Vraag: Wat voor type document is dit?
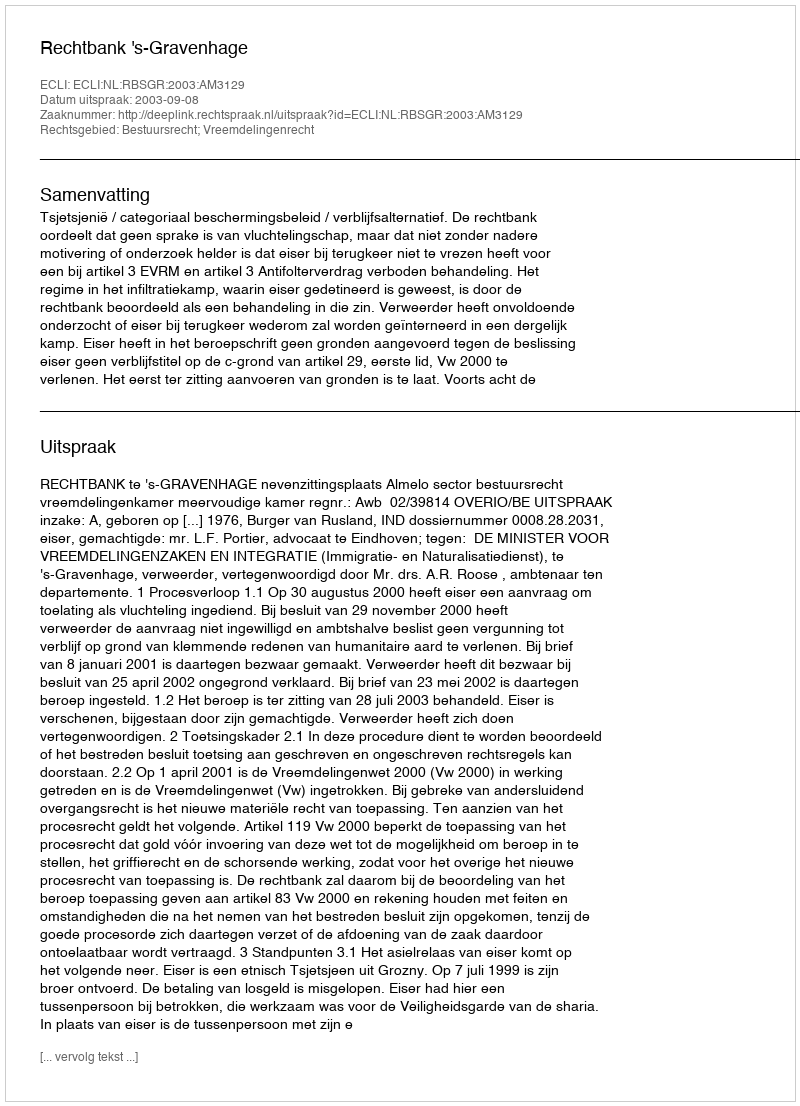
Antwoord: Uitspraak